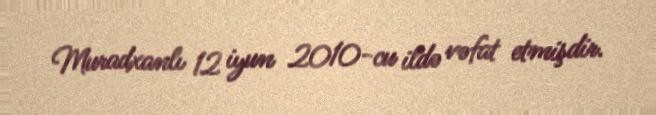
Muradxanlı 12 iyun 2010-cu ildə vəfat etmişdir.